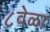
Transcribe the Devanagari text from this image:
८वेळा